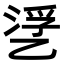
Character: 㐢